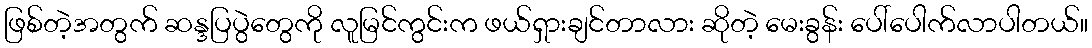
ဖြစ်တဲ့အတွက် ဆန္ဒပြပွဲတွေကို လူမြင်ကွင်းက ဖယ်ရှားချင်တာလား ဆိုတဲ့ မေးခွန်း ပေါ်ပေါက်လာပါတယ်။